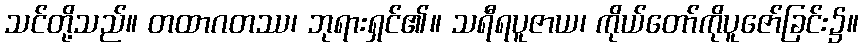
သင်တို့သည်။ တထာဂတဿ၊ ဘုရားရှင်၏။ သရီရပူဇာယ၊ ကိုယ်တော်ကိုပူဇော်ခြင်း၌။